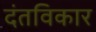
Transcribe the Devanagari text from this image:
दंतविकार